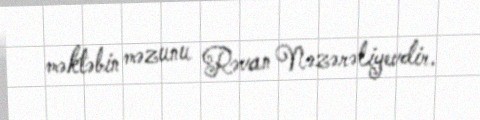
məktəbin məzunu Rəvan Nəzərəliyevdir.